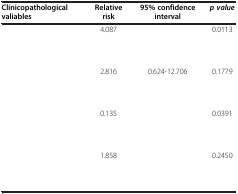
<table><thead><tr><td><b>Clinicopathological valiables</b></td><td><b>Relative risk</b></td><td><b>95% confidence interval</b></td><td><b><i>p value</i></b></td></tr></thead><tbody><tr><td>[EMPTY_CELL]</td><td>4.087</td><td>[EMPTY_CELL]</td><td>0.0113</td></tr><tr><td>[EMPTY_CELL]</td><td>[EMPTY_CELL]</td><td>[EMPTY_CELL]</td><td>[EMPTY_CELL]</td></tr><tr><td>[EMPTY_CELL]</td><td>[EMPTY_CELL]</td><td>[EMPTY_CELL]</td><td>[EMPTY_CELL]</td></tr><tr><td>[EMPTY_CELL]</td><td>2.816</td><td>0.624-12.706</td><td>0.1779</td></tr><tr><td>[EMPTY_CELL]</td><td>[EMPTY_CELL]</td><td>[EMPTY_CELL]</td><td>[EMPTY_CELL]</td></tr><tr><td>[EMPTY_CELL]</td><td>[EMPTY_CELL]</td><td>[EMPTY_CELL]</td><td>[EMPTY_CELL]</td></tr><tr><td>[EMPTY_CELL]</td><td>0.135</td><td>[EMPTY_CELL]</td><td>0.0391</td></tr><tr><td>[EMPTY_CELL]</td><td>[EMPTY_CELL]</td><td>[EMPTY_CELL]</td><td>[EMPTY_CELL]</td></tr><tr><td>[EMPTY_CELL]</td><td>[EMPTY_CELL]</td><td>[EMPTY_CELL]</td><td>[EMPTY_CELL]</td></tr><tr><td>[EMPTY_CELL]</td><td>1.858</td><td>[EMPTY_CELL]</td><td>0.2450</td></tr><tr><td>[EMPTY_CELL]</td><td>[EMPTY_CELL]</td><td>[EMPTY_CELL]</td><td>[EMPTY_CELL]</td></tr><tr><td>[EMPTY_CELL]</td><td>[EMPTY_CELL]</td><td>[EMPTY_CELL]</td><td>[EMPTY_CELL]</td></tr></tbody></table>